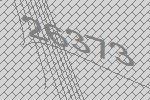
26373